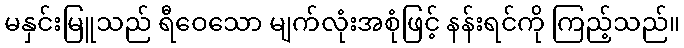
မနှင်းမြူသည် ရီဝေသော မျက်လုံးအစုံဖြင့် နန်းရင်ကို ကြည့်သည်။